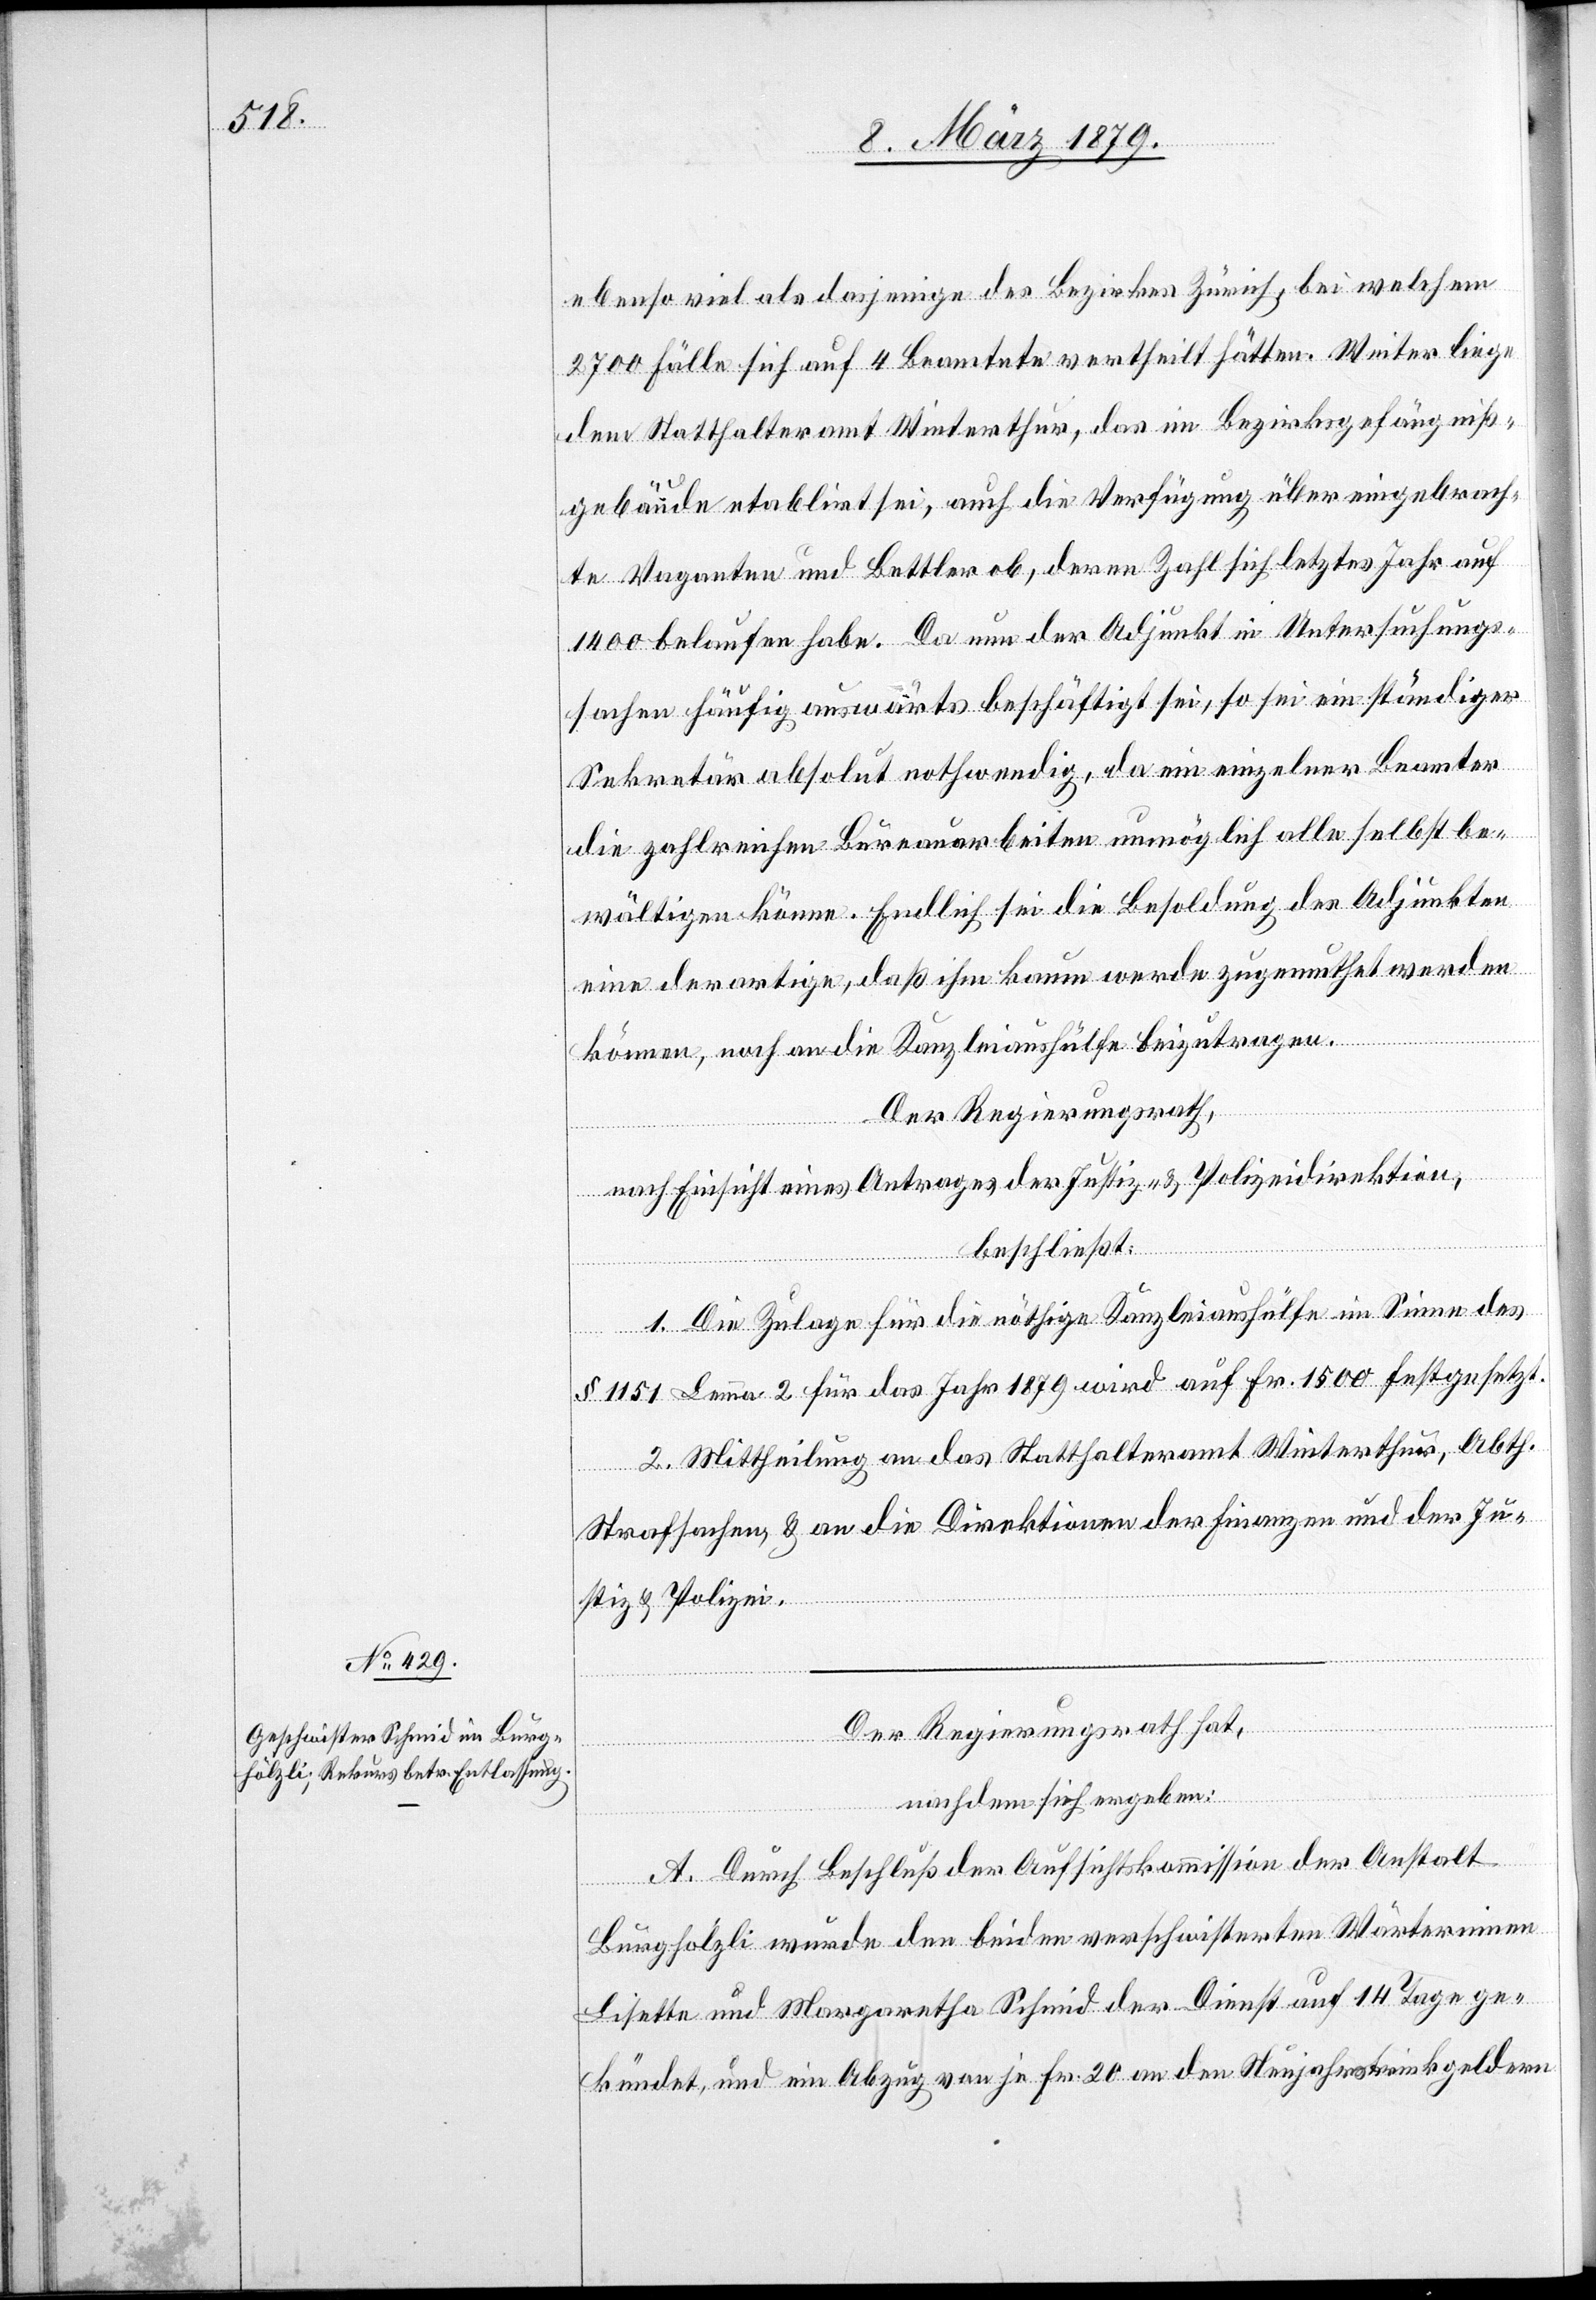
ebenso viel als dasjenige des Bezirkes Zürich, bei welchem
dem Statthalteramt Winterthur, das im Bezirksgefängniß¬
gebäude etablirt sei, auch die Verfügung über eingebrach¬
te Vaganten und Bettler ob, deren Zahl sich letztes Jahr auf
1400 belaufen habe. Da nun der Adjunkt in Untersuchungs¬
sachen häufig auswärts beschäftigt sei, so sei ein ständiger
Sekretär absolut nothwendig, da ein einzelner Beamter
die zahlreichen Bureauarbeiten unmöglich alle selbst be¬
wältigen könne. Endlich sei die Besoldung des Adjunkten
eine derartige, daß ihm kaum werde zugemuthet werden
können, noch an die Kanzleiaushülfe beizutragen.
Der Regierungsrath,
nach Einsicht eines Antrages der Justiz- & Polizeidirektion,
liege
beschließt:
1. Die Zulage für die nöthige Kanzleiaushülfe im Sinne des
§ 1151 Lemma 2 für das Jahr 1879 wird auf Fr. 1500 festgesetzt.
2. Mittheilung an das Statthalteramt Winterthur, Abth.
Strafsachen & an die Direktionen der Finanzen und der Ju¬
stiz & Polizei.
Der Regierungsrath hat,
nachdem sich ergeben:
A. Durch Beschluß der Aufsichtskommission der Anstalt
Burghölzli wurde den beiden verschwisterten Wärterinnen
Lisette und Margaretha Schmid der Dienst auf 14 Tage ge¬
kündet, und ein Abzug von je Fr. 20 an den Neujahrstrinkgeldern